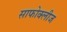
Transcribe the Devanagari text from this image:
साफोक्लीज